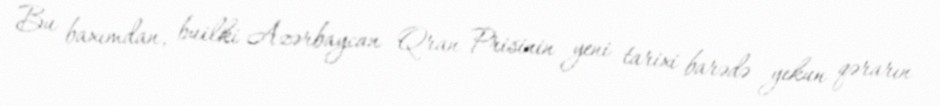
Bu baxımdan, builki Azərbaycan Qran Prisinin yeni tarixi barədə yekun qərarın